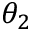
\theta _ { 2 }